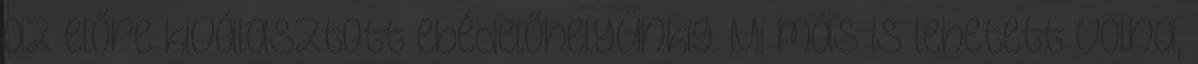
az előre kiválasztott ebédelőhelyünkig. Mi más is lehetett volna,